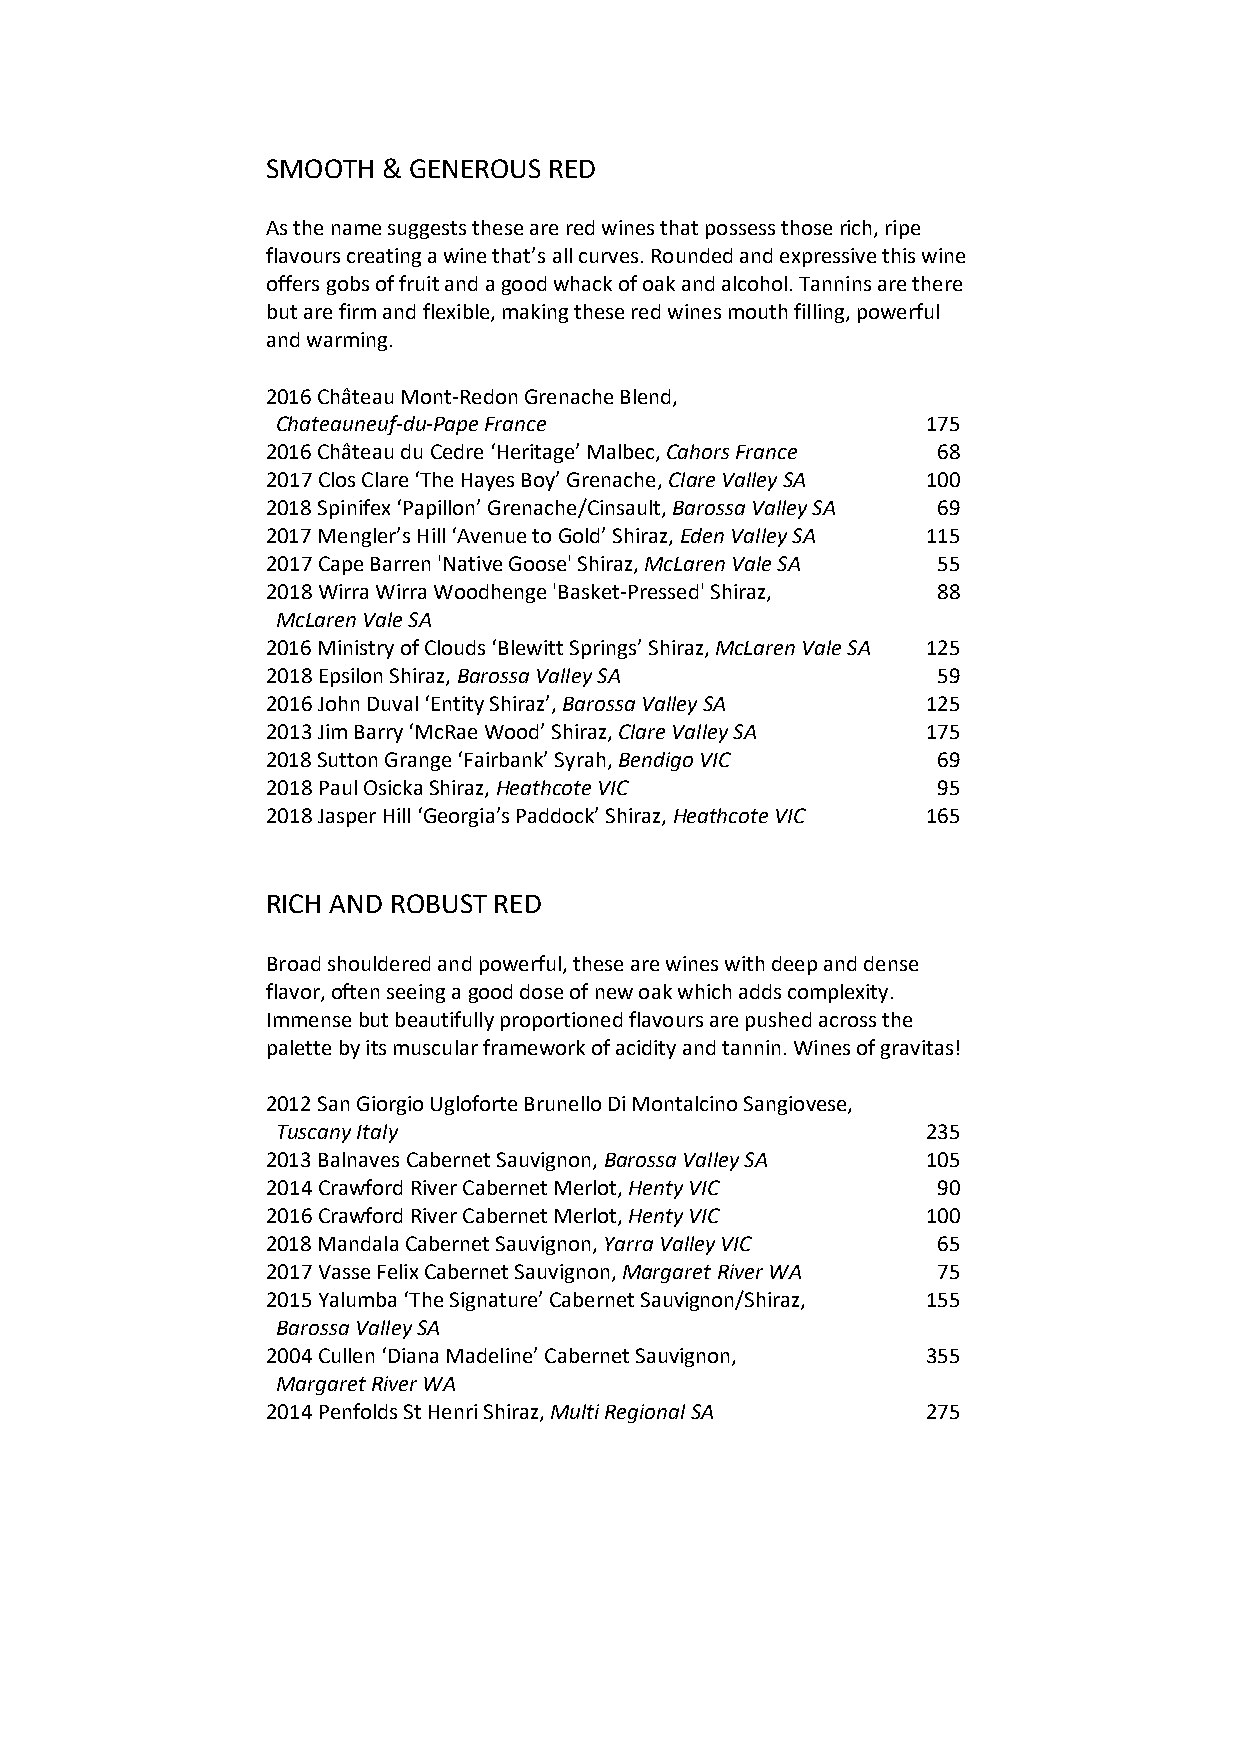
SMOOTH & GENEROUS RED
 As the name suggests these are red wines that possess those rich, ripe
 flavours creating a wine that’s all curves. Rounded and expressive this wine
 offers gobs of fruit and a good whack of oak and alcohol. Tannins are there
 but are firm and flexible, making these red wines mouth filling, powerful
 and warming.
 2016 Château Mont-Redon Grenache Blend,
 Chateauneuf-du-Pape France                 175
 2016 Château du Cedre ‘Heritage’ Malbec, Cahors France 68
 2017 Clos Clare ‘The Hayes Boy’ Grenache, Clare Valley SA 100
 2018 Spinifex ‘Papillon’ Grenache/Cinsault, Barossa Valley SA 69
 2017 Mengler’s Hill ‘Avenue to Gold’ Shiraz, Eden Valley SA 115
 2017 Cape Barren 'Native Goose' Shiraz, McLaren Vale SA 55
 2018 Wirra Wirra Woodhenge 'Basket-Pressed' Shiraz, 88
 McLaren Vale SA
 2016 Ministry of Clouds ‘Blewitt Springs’ Shiraz, McLaren Vale SA 125
 2018 Epsilon Shiraz, Barossa Valley SA      59
 2016 John Duval ‘Entity Shiraz’, Barossa Valley SA 125
 2013 Jim Barry ‘McRae Wood’ Shiraz, Clare Valley SA 175
 2018 Sutton Grange ‘Fairbank’ Syrah, Bendigo VIC 69
 2018 Paul Osicka Shiraz, Heathcote VIC      95
 2018 Jasper Hill ‘Georgia’s Paddock’ Shiraz, Heathcote VIC 165
 RICH AND ROBUST RED
 Broad shouldered and powerful, these are wines with deep and dense
 flavor, often seeing a good dose of new oak which adds complexity.
 Immense but beautifully proportioned flavours are pushed across the
 palette by its muscular framework of acidity and tannin. Wines of gravitas!
 2012 San Giorgio Ugloforte Brunello Di Montalcino Sangiovese,
 Tuscany Italy                              235
 2013 Balnaves Cabernet Sauvignon, Barossa Valley SA 105
 2014 Crawford River Cabernet Merlot, Henty VIC 90
 2016 Crawford River Cabernet Merlot, Henty VIC 100
 2018 Mandala Cabernet Sauvignon, Yarra Valley VIC 65
 2017 Vasse Felix Cabernet Sauvignon, Margaret River WA 75
 2015 Yalumba ‘The Signature’ Cabernet Sauvignon/Shiraz, 155
 Barossa Valley SA
 2004 Cullen ‘Diana Madeline’ Cabernet Sauvignon, 355
 Margaret River WA
 2014 Penfolds St Henri Shiraz, Multi Regional SA 275